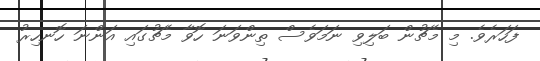
ފަހަރެވެ. މި މެޗުން ބަލިވި ނަމަވެސް ތިންވަނަ ހޮވާ މެޗުގައި އަންނަ ހޮނހިރު